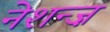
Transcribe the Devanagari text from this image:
नेशन्ज़